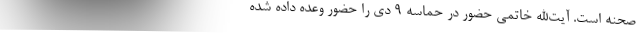
صحنه است. آیت‌الله خاتمی حضور در حماسه 9 دی را حضور وعده داده شده